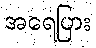
အရေပြား